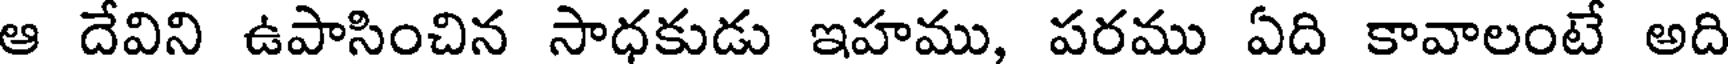
ఆ దేవిని ఉపాసించిన సాధకుడు ఇహము, పరము ఏది కావాలంటే అది